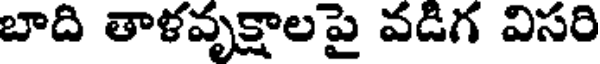
బాది తాళవృక్షాలపై వడిగ విసరి